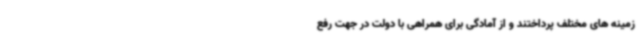
زمینه های مختلف پرداختند و از آمادگی برای همراهی با دولت در جهت رفع